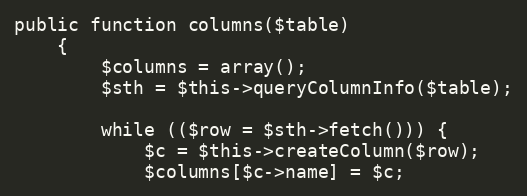
Language: PHP
public function columns($table)
	{
		$columns = array();
		$sth = $this->queryColumnInfo($table);

		while (($row = $sth->fetch())) {
			$c = $this->createColumn($row);
			$columns[$c->name] = $c;